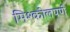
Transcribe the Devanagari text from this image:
मिश्कीलपणे